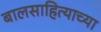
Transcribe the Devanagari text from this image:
बालसाहित्याच्या